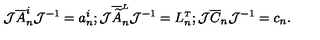
{ \cal J } \overline { { A } } _ { n } ^ { i } { \cal J } ^ { - 1 } = a _ { n } ^ { i } ; { \cal J } \overline { { \widetilde A } } _ { n } ^ { \scriptscriptstyle L } { \cal J } ^ { - 1 } = L _ { n } ^ { \scriptscriptstyle T } ; { \cal J } \overline { { C } } _ { n } { \cal J } ^ { - 1 } = c _ { n } .